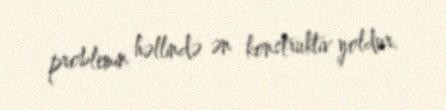
problemin həllində ən konstruktiv yoldur.